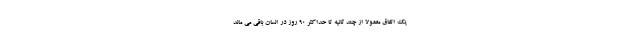
یک اتفاق معمولاً از چند ثانیه تا حداکثر 90 روز در انسان باقی می ماند